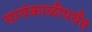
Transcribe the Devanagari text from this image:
सायंकाळीपर्यंत